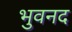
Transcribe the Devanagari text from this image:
भुवनद